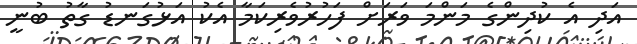
އަދި އެ ކުދިންގެ މަންމަ ވަރަށް ފަހުރުވެރިކަމާ އެކު އަޅުގަނޑު ގާތު ބުނީ